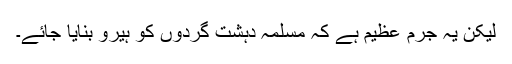
لیکن یہ جرم عظیم ہے کہ مسلّمہ دہشت گردوں کو ہیرو بنایا جائے۔